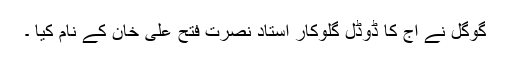
گوگل نے آج کا ڈوڈل گلوکار استاد نصرت فتح علی خان کے نام کیا ۔